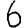
Digit: 6